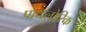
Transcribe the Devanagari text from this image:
पायलोरिक